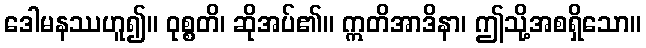
ဒေါမနဿဟူ၍။ ဝုစ္စတိ၊ ဆိုအပ်၏။ ဣတိအာဒိနာ၊ ဤသို့အစရှိသော။